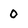
Character: 0